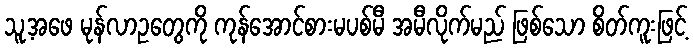
သူ့အဖေ မုန်လာဥတွေကို ကုန်အောင်စားမပစ်မီ အမီလိုက်မည် ဖြစ်သော စိတ်ကူးဖြင့်